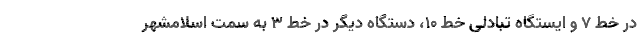
در خط ۷ و ایستگاه تبادلی خط ۱۰، دستگاه دیگر در خط ۳ به سمت اسلامشهر